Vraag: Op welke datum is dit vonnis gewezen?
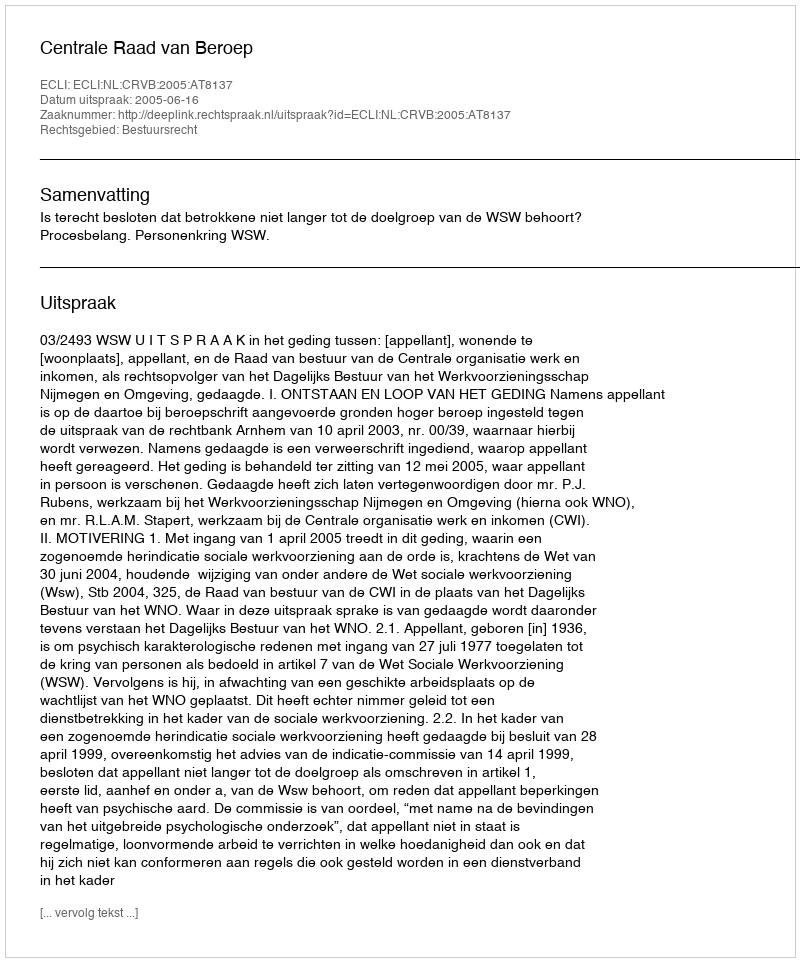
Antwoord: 2005-06-16